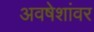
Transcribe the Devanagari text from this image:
अवषेशांवर